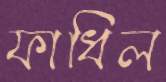
ফাধিল